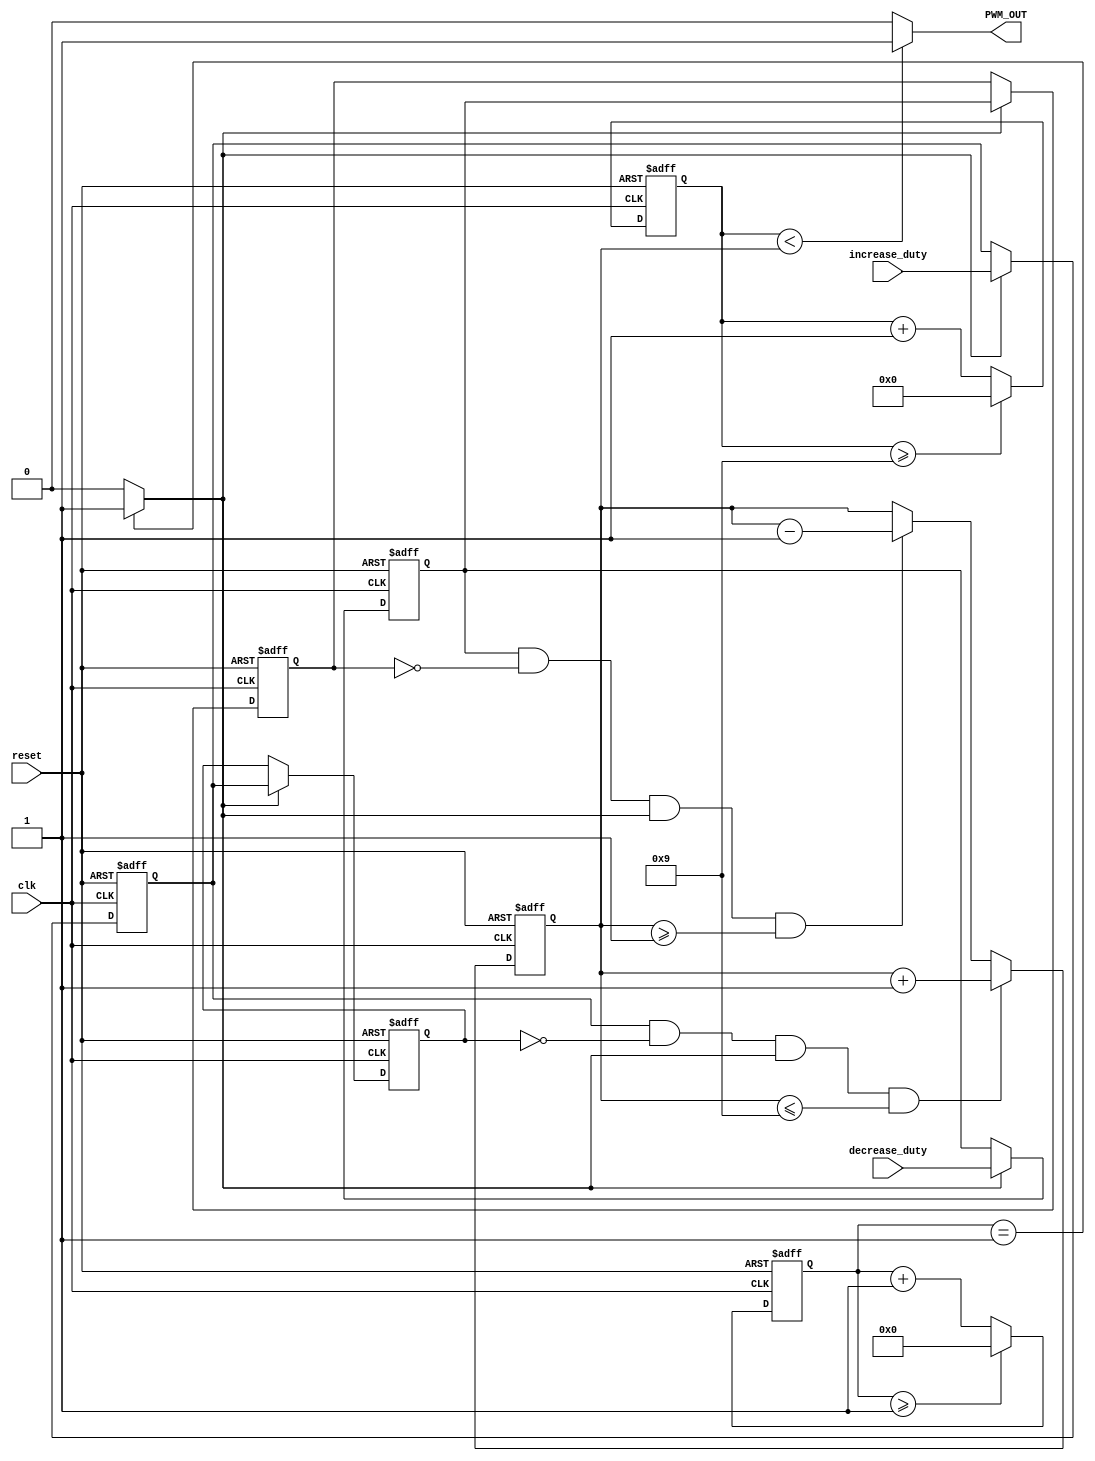
module iiitb_pwm_gen
 (
 clk, // 100MHz clock input 
 increase_duty, // input to increase 10% duty cycle 
 decrease_duty, // input to decrease 10% duty cycle
 reset, 
 PWM_OUT // 10MHz PWM output signal 
    );
 
 input clk,reset;
 input increase_duty;
 input decrease_duty;
 output PWM_OUT;
 wire slow_clk_enable; // slow clock enable signal for debouncing FFs(40MHz)
 reg[27:0] counter_debounce;// counter for creating slow clock enable signals 
 reg tmp1,tmp2;// temporary flip-flop signals for debouncing the increasing button
 reg tmp3,tmp4;// temporary flip-flop signals for debouncing the decreasing button
 wire duty_inc, duty_dec;
 reg[3:0] counter_PWM;
 reg[3:0] DUTY_CYCLE; 
  // Debouncing 2 buttons for inc/dec duty cycle 
  // Firstly generate slow clock enable for debouncing flip-flop 
  
 always @(posedge clk or posedge reset)
 begin
 if(reset) begin
 counter_debounce<=28'd0;
  counter_PWM<=4'd0;// counter for creating 10Mhz PWM signal
  DUTY_CYCLE<=4'd5;// initial duty cycle is 50%
  tmp1 <= 0;
  tmp2 <= 0;
  tmp3<=0;
  tmp4<=0;
  end
 else begin
 	counter_debounce <= counter_debounce>=28'd1 ? 28'd0 : counter_debounce + 28'd1;
 	if(duty_inc==1 && DUTY_CYCLE <= 9) begin
        DUTY_CYCLE <= DUTY_CYCLE + 4'd1;// increase duty cycle by 10%
        end
        else if(duty_dec==1 && DUTY_CYCLE>=1) begin
        //else begin
        DUTY_CYCLE <= DUTY_CYCLE - 4'd1;
        end//decrease duty cycle by 10%
        counter_PWM <= counter_PWM + 4'd1;
        if(counter_PWM>=9) begin
        counter_PWM <= 0;
        end
        if(slow_clk_enable==1) begin// slow clock enable signal 
  	tmp1 <= increase_duty;
  	tmp2 <= tmp1;
  	tmp3 <= decrease_duty;
  	tmp4 <= tmp3;
  	end
    end
 end
 
 assign slow_clk_enable = counter_debounce == 1 ?1:0;
  
 assign duty_inc =  tmp1 & (~ tmp2) & slow_clk_enable;
  
 assign duty_dec =  tmp3 & (~ tmp4) & slow_clk_enable;
 
 assign PWM_OUT = counter_PWM < DUTY_CYCLE ? 1:0;
 
endmodule